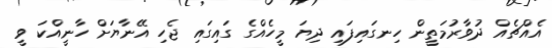
އެއްޗެއް ދުވާރުމަތީން ހިނގައިފައި ދިޔަ މީހެއްގެ ގައިގައި ޖެހި އޭނާޔަށް ހާނީއްކަ ވީ